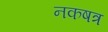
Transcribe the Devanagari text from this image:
नकषत्र